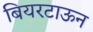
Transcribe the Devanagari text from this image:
बियरटाऊन